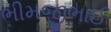
ભીમજીભાઈ